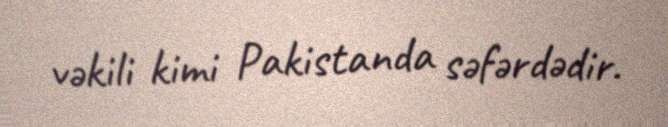
vəkili kimi Pakistanda səfərdədir.